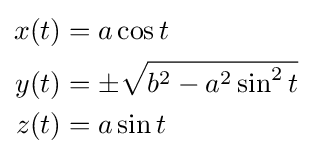
{\begin{aligned}x(t)&=a\cos t\\y(t)&=\pm {\sqrt {b^{2}-a^{2}\sin ^{2}t}}\\z(t)&=a\sin t\end{aligned}}